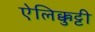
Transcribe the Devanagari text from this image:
ऐलिक्कुट्टी